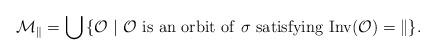
LaTeX: \begin{align*}\cal{M}_k = \bigcup \, \{ \cal{O} ~|~ \cal{O} {\rm~is~an~orbit~of~} \sigma {\rm ~satisfying~} {\rm Inv}(\cal{O}) = k \}. \end{align*}